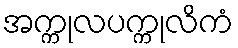
အက္ကုလပက္ကုလိကံ